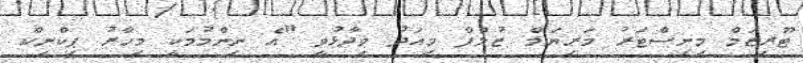
ޓޫރިޒަމް މިނިސްޓަރު މަރިޔަމް ޒުލްފާ މިއަދު ވިދާޅުވީ "އެ ނިންމުމަކީ މިހާރު ޕިކްނިކް